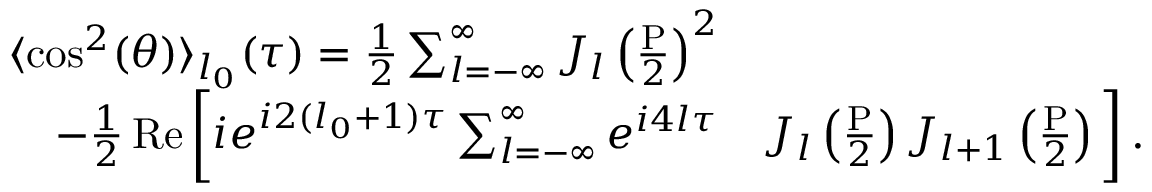
\begin{array} { r l } { \langle \cos ^ { 2 } ( \theta ) \rangle _ { l _ { 0 } } ( \tau ) = \frac { 1 } { 2 } \sum _ { l = - \infty } ^ { \infty } J _ { l } \left( \frac { \mathrm { P } } { 2 } \right) ^ { 2 } } & { } \\ { - \frac { 1 } { 2 } \operatorname { R e } \bigg [ i e ^ { i 2 ( l _ { 0 } + 1 ) \tau } \sum _ { l = - \infty } ^ { \infty } e ^ { i 4 l \tau } } & { J _ { l } \left( \frac { \mathrm { P } } { 2 } \right) J _ { l + 1 } \left( \frac { \mathrm { P } } { 2 } \right) \bigg ] \, . } \end{array}